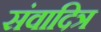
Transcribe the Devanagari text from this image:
संवादित्र